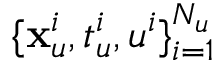
\{ \mathbf { x } _ { u } ^ { i } , t _ { u } ^ { i } , u ^ { i } \} _ { i = 1 } ^ { N _ { u } }